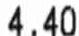
4.40